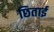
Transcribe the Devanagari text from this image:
छिताई